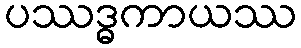
ပဿဒ္ဓကာယဿ